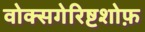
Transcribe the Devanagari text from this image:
वोक्सगेरिष्टशोफ़